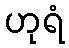
ဟုရံ